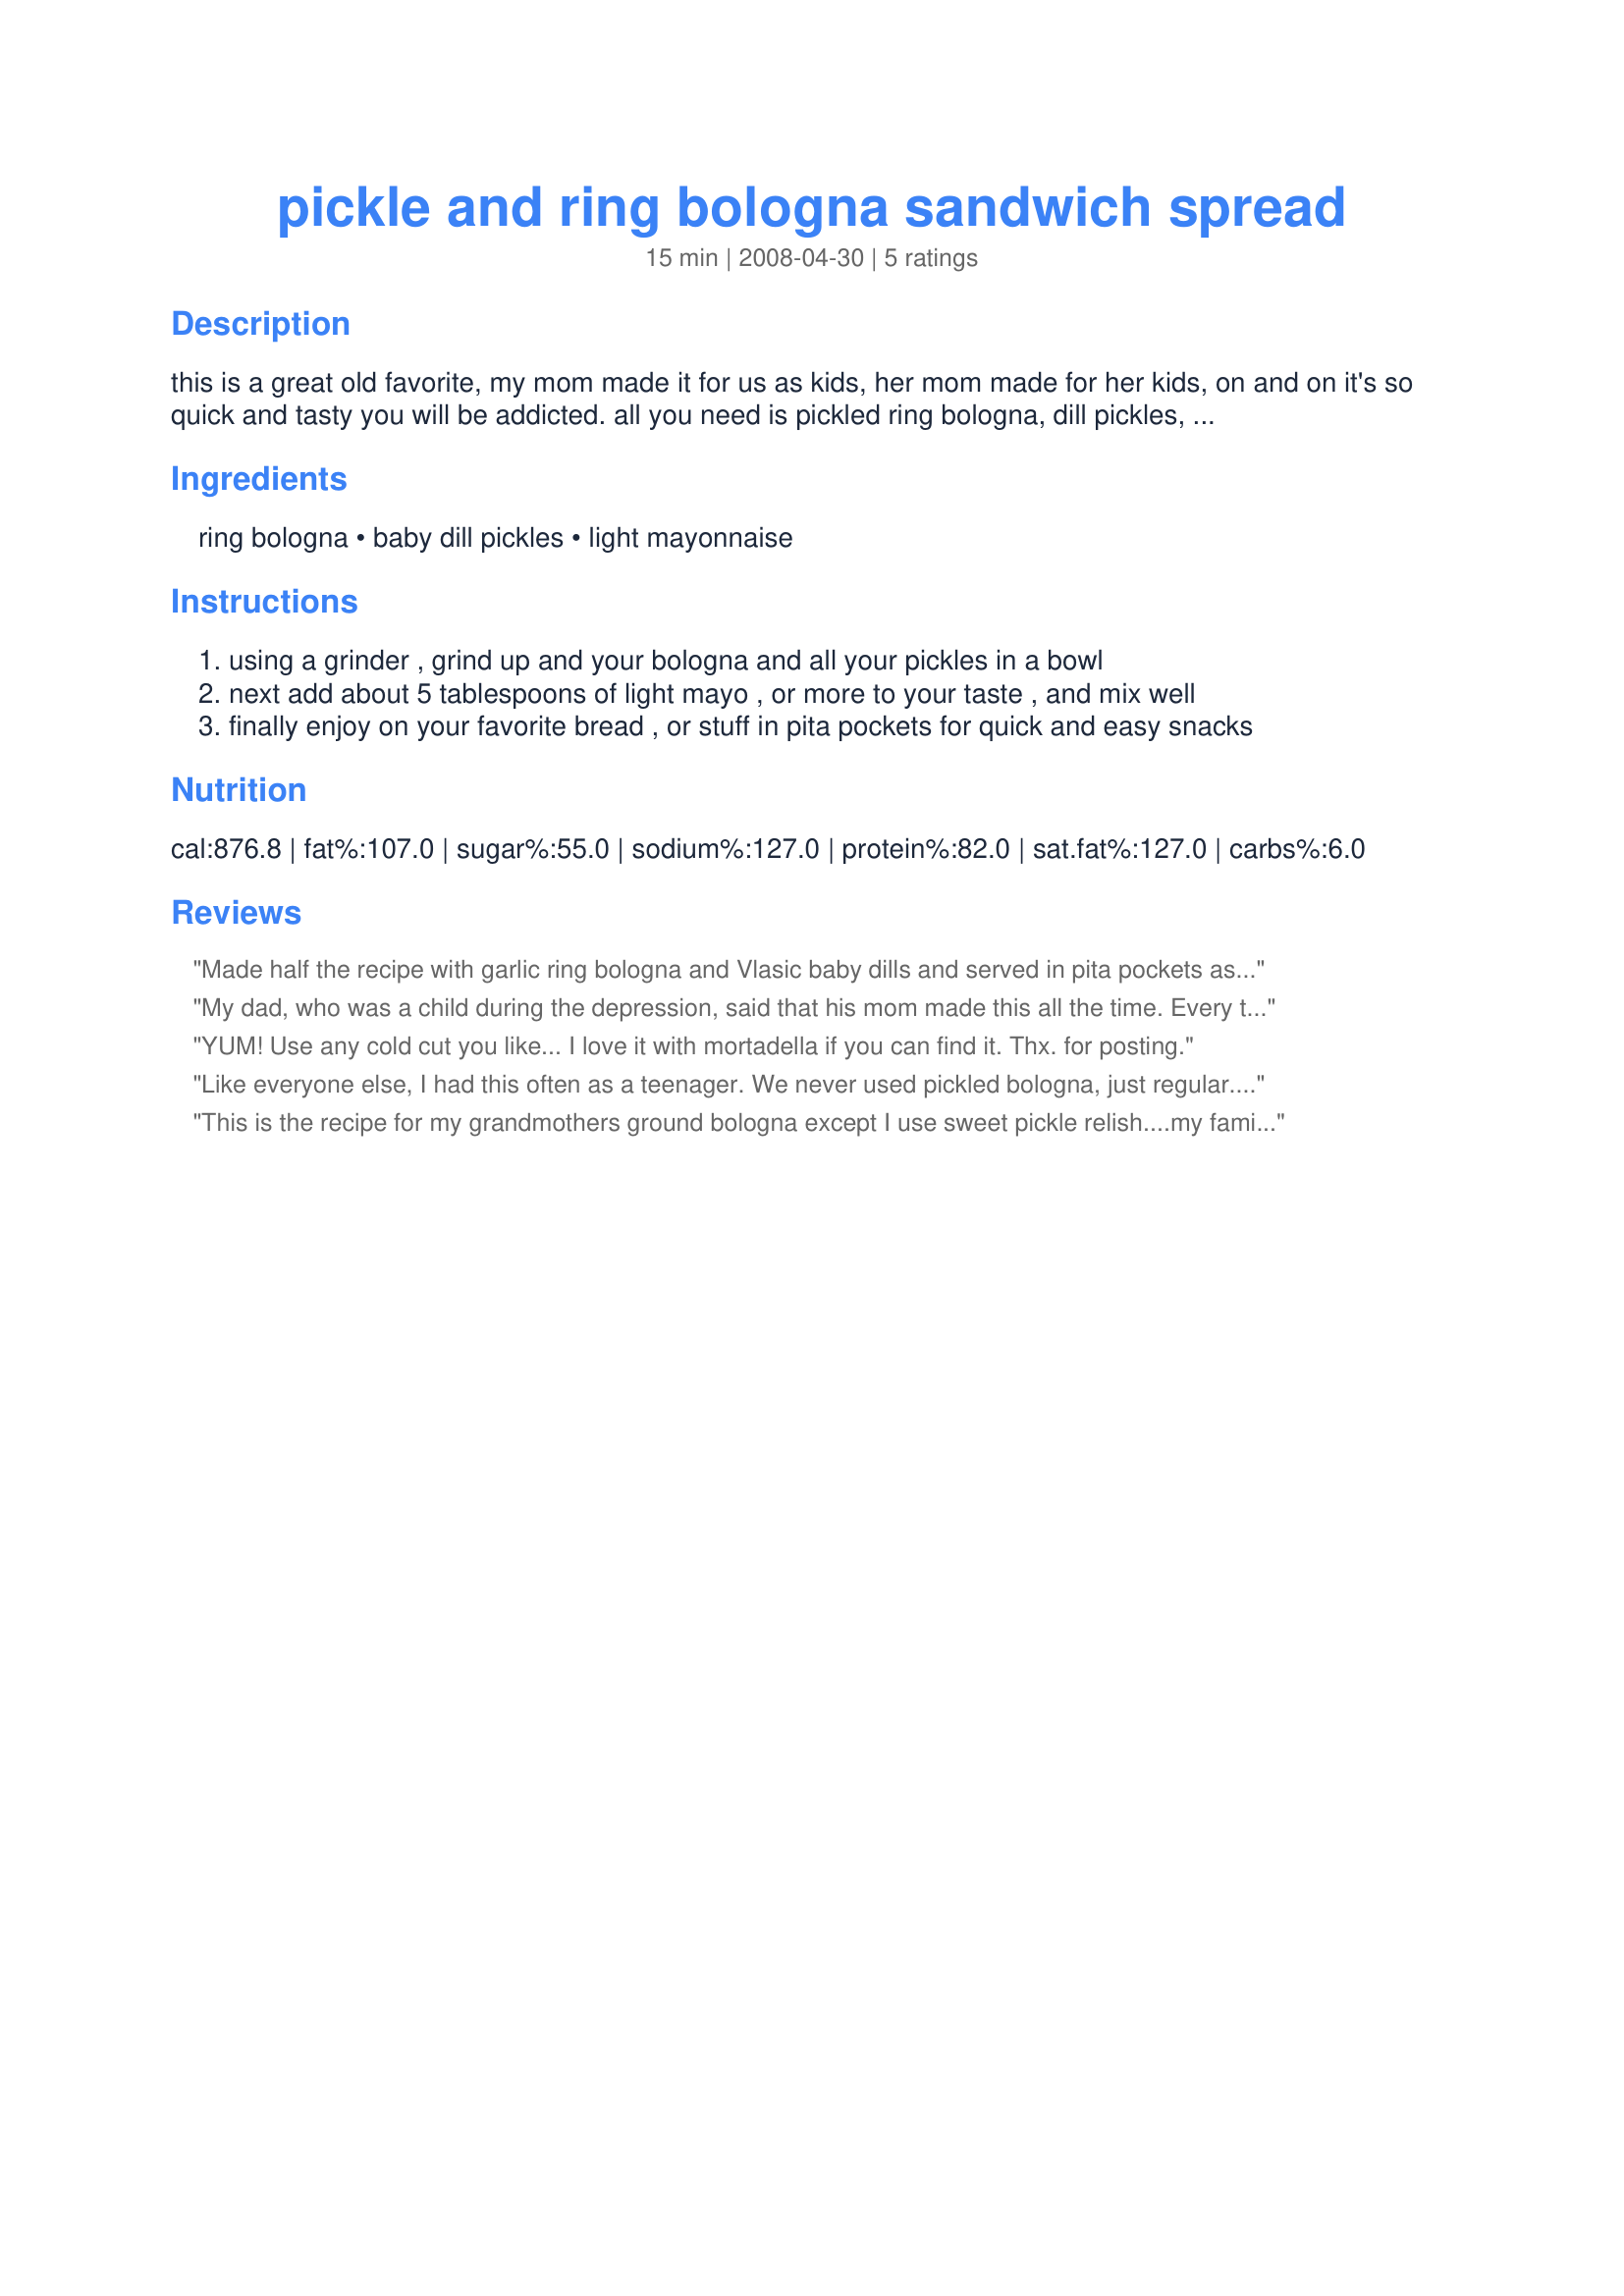
pickle and ring bologna sandwich spread
Preparation time: 15 minutes

this is a great old favorite, my mom made it for us as kids, her mom made for her kids, on and on it's so quick and tasty you will be addicted.
all you need is pickled ring bologna, dill pickles, and some mayo. if the pickled ring bologna is to overpowering for you, you should use regular ring bologna, both ways come out great.

Ingredients:
ring bologna, baby dill pickles, light mayonnaise

Steps:
using a grinder , grind up and your bologna and all your pickles in a bowl
next add about 5 tablespoons of light mayo , or more to your taste , and mix well
finally enjoy on your favorite bread , or stuff in pita pockets for quick and easy snacks

Reviews:
Made half the recipe with garlic ring bologna and Vlasic baby dills and served in pita pockets as suggested. Just like my mom used to make, yum! This must be a standard Michigan recipe :lol: Thanks for sharing Dan. Made for Pick A Chef Spring 2011.
My dad, who was a child during the depression, said that his mom made this all the time. Every time we would go out fishing, Dad would pack these sandwiches in his lunch box for us to eat. I hadn't had this in over 30 years. I made it today for my daughters and they loved it. Now I'm thinking of ways to improve it. Maybe some low-fat Cheddar Cheese ground up too, and possibly toasting the bread (those sandwiches in our little boat floating along the river in Michigan got pretty soggy!
YUM! Use any cold cut you like... I love it with mortadella if you can find it. Thx. for posting.
Like everyone else, I had this often as a teenager. We never used pickled bologna, just regular. I have also made this with chicken bologna. It is so good served on fresh, homemade buns. Great recipe!
This is the recipe for my grandmothers ground bologna except I use sweet pickle relish....my family loves this stuff and I make it often....
